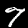
Label: 7